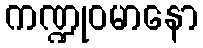
ကဏ္ဍုဝမာနော